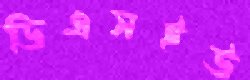
ডিএসইউ